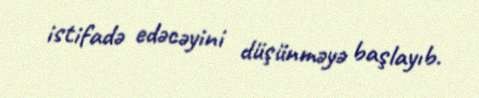
istifadə edəcəyini düşünməyə başlayıb.